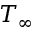
T _ { \infty }